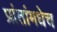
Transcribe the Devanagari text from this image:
प्रांतांमधेच